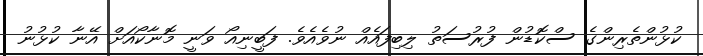
ކުޅުންތެރިންގެ ސްކޮޑުން ފުރުސަތު ލިބިފައެއް ނުވެއެވެ. ފަބީނިއޯ ވަނީ މޮނާކޯއަށް އޭނާ ކުޅުނު